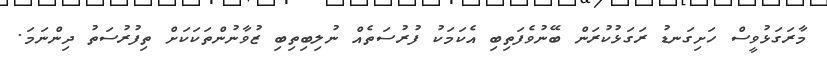
މާރަގަޅުވީސް ހަށިގަނޑު ރަގަޅުކުރަން ބޭނުވެފަތިބި އެކަމަކު ފުުރުސަތެއް ނުލިބިތިބި ޒުވާނުންތަކަކަށް ތިފުރުސަތު ދިންނަމަ.